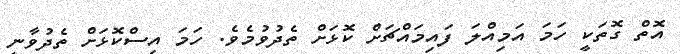
އޮތް ގޮތަކީ ހަމަ އަމިއްލަ ފައިމައްޗަށް ކޮޅަށް ތެދުވުމެވެ. ހަމަ އިސްކޮޅަށް ތެދުވާނީ